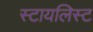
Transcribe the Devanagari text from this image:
स्टायलिस्ट